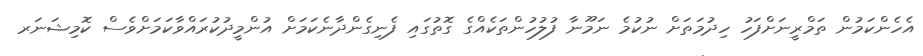
އެހެންކަމުން ތަމްރީނަށްފަހު ހިދުމަތަށް ނުކުމެ ނަމޫނާ ފުލުހުންތަކެއްގެ ގޮތުގައި ފެނިގެންދާނެކަމަށް އުންމީދުކުރައްވާކަމަށްވެސް ކޮމިޝަނަރ